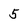
Character: 5